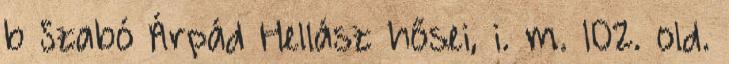
b Szabó Árpád Hellász hősei, i. m. 102. old.